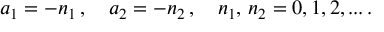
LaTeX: a _ { 1 } = - n _ { 1 } \, , \quad a _ { 2 } = - n _ { 2 } \, , \quad n _ { 1 } , \, n _ { 2 } = 0 , 1 , 2 , . . . \, .